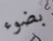
بضوء